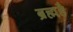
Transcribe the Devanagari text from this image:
ब्रह्महै